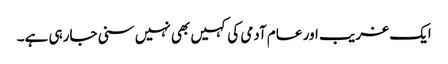
ایک غریب اور عام آدمی کی کہیں بھی نہیں سنی جارہی ہے۔